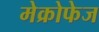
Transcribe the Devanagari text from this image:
मेक्रोफेज